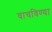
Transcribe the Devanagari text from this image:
वाचविण्या